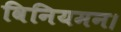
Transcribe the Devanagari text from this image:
विनियमन।